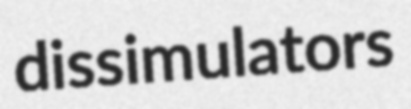
dissimulators